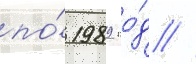
по́ 1989 го́д //